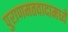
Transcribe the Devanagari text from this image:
पुराणमतवादामध्ये